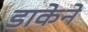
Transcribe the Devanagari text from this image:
डाकेने